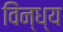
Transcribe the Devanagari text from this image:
विंन्ध्य